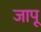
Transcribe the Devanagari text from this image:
जापू